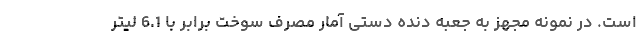
است. در نمونه مجهز به جعبه دنده دستی آمار مصرف سوخت برابر با 6.1 لیتر